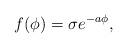
LaTeX: \begin{align*}f(\phi)=\sigma e^{-a\phi},\end{align*}